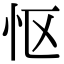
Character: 怄